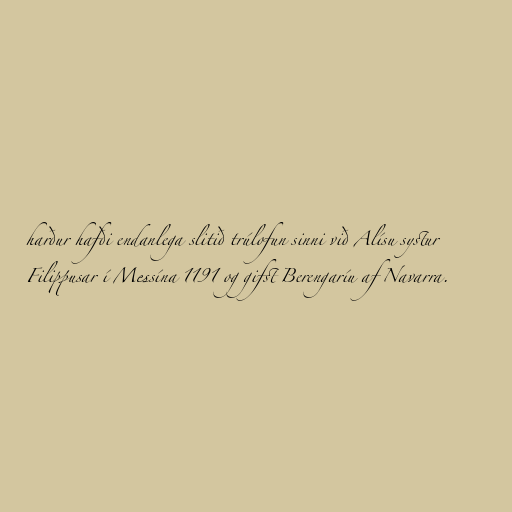
harður hafði endanlega slitið trúlofun sinni við Alísu systur
Filippusar í Messína 1191 og gifst Berengaríu af Navarra.